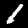
Label: 1